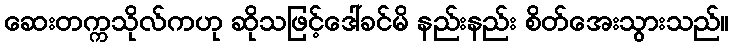
ဆေးတက္ကသိုလ်ကဟု ဆိုသဖြင့်ဒေါ်ခင်မိ နည်းနည်း စိတ်အေးသွားသည်။